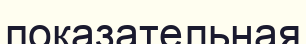
показательная